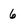
Character: 6